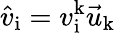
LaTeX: \hat{v}_{\mathrm{i}}=v_{\mathrm{i}}^{\mathrm{k}}\vec{u}_{\mathrm{k}}